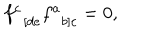
f _ { \; \; \left[ d e \right. } ^ { c } f _ { \; \; \left. b \right] c } ^ { a } = 0 ,